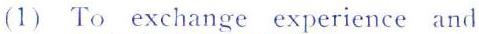
(1) To exchange experience and